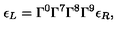
\epsilon _ { L } = \Gamma ^ { 0 } \Gamma ^ { 7 } \Gamma ^ { 8 } \Gamma ^ { 9 } \epsilon _ { R } ,